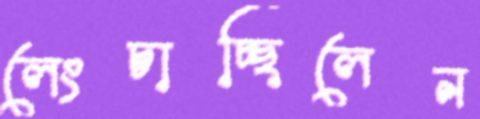
লেংচাচ্ছিলেন